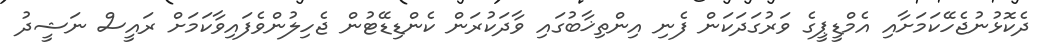
ދެކޮޅުނުޖެހޭކަމަށާއި އެމްޑީޕީގެ ވަރުގަދަކަން ފެނި އިންތިޚާބުގައި ވާދަކުރަން ކެންޑިޑޭޓުން ޖެހިލުންވެފައިވާކަމަށް ރައީސް ނަޝީދު